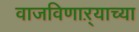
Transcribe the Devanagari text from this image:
वाजविणाऱ्याच्या